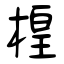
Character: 楻